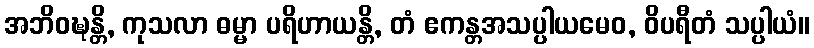
အဘိဝဍ္ဎန္တိ, ကုသလာ ဓမ္မာ ပရိဟာယန္တိ, တံ ဧကန္တအသပ္ပါယမေဝ, ဝိပရီတံ သပ္ပါယံ။